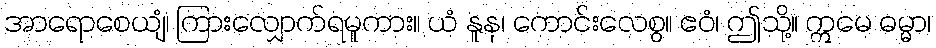
အာရောစေယျံ၊ ကြားလျှောက်ရမူကား။ ယံ နူန၊ ကောင်းလေစွ။ ဧဝံ၊ ဤသို့။ ဣမေ ဓမ္မာ၊